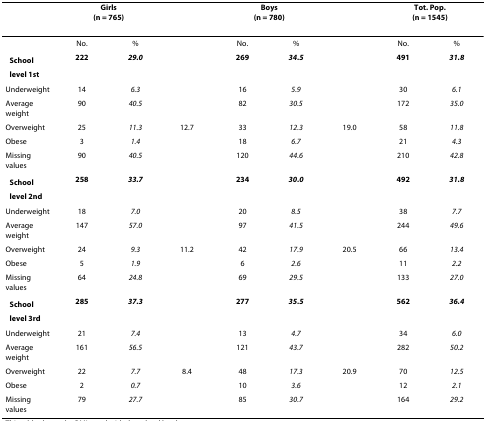
|  | <COLSPAN=2> Girls(n = 765) |  | <COLSPAN=2> Boys(n = 780) |  | <COLSPAN=2> Tot. Pop.(n = 1545) |
 | --- | --- | --- | --- | --- | --- | --- | --- | --- |
 |  | No. | % |  | No. | % |  | No. | % |
 | School level 1st | 222 | 29.0 |  | 269 | 34.5 |  | 491 | 31.8 |
 | Underweight | 14 | 6.3 |  | 16 | 5.9 |  | 30 | 6.1 |
 | Average weight | 90 | 40.5 |  | 82 | 30.5 |  | 172 | 35.0 |
 | Overweight | 25 | 11.3 | 12.7↓ | 33 | 12.3 | 19.0 | 58 | 11.8 |
 | Obese | 3 | 1.4 |  | 18 | 6.7 |  | 21 | 4.3 |
 | Missing values | 90 | 40.5 |  | 120 | 44.6 |  | 210 | 42.8 |
 | School level 2nd | 258 | 33.7 |  | 234 | 30.0 |  | 492 | 31.8 |
 | Underweight | 18 | 7.0 |  | 20 | 8.5 |  | 38 | 7.7 |
 | Average weight | 147 | 57.0 |  | 97 | 41.5 |  | 244 | 49.6 |
 | Overweight | 24 | 9.3 | 11.2↓ | 42 | 17.9 | 20.5 | 66 | 13.4 |
 | Obese | 5 | 1.9 |  | 6 | 2.6 |  | 11 | 2.2 |
 | Missing values | 64 | 24.8 |  | 69 | 29.5 |  | 133 | 27.0 |
 | School level 3rd | 285 | 37.3 |  | 277 | 35.5 |  | 562 | 36.4 |
 | Underweight | 21 | 7.4 |  | 13 | 4.7 |  | 34 | 6.0 |
 | Average weight | 161 | 56.5 |  | 121 | 43.7 |  | 282 | 50.2 |
 | Overweight | 22 | 7.7 | 8.4↓ | 48 | 17.3 | 20.9 | 70 | 12.5 |
 | Obese | 2 | 0.7 |  | 10 | 3.6 |  | 12 | 2.1 |
 | Missing values | 79 | 27.7 |  | 85 | 30.7 |  | 164 | 29.2 |